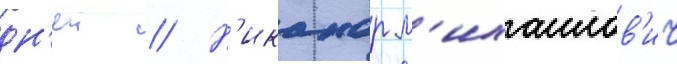
дн'еи // Н'иканор м'ихаилов'ич